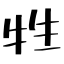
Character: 牲